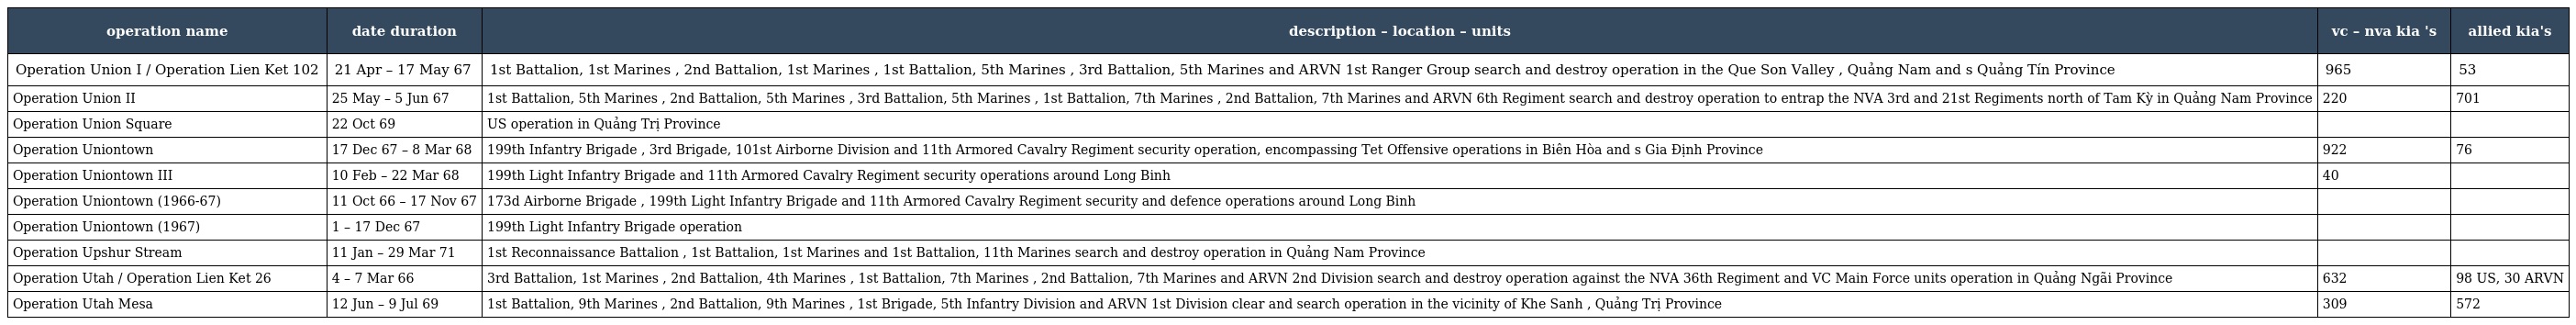
| operation name | date duration | description – location – units | vc – nva kia 's | allied kia's |
 | --- | --- | --- | --- | --- |
 | Operation Union I / Operation Lien Ket 102 | 21 Apr – 17 May 67 | 1st Battalion, 1st Marines , 2nd Battalion, 1st Marines , 1st Battalion, 5th Marines , 3rd Battalion, 5th Marines and ARVN 1st Ranger Group search and destroy operation in the Que Son Valley , Quảng Nam and s Quảng Tín Province | 965 | 53 |
 | Operation Union II | 25 May – 5 Jun 67 | 1st Battalion, 5th Marines , 2nd Battalion, 5th Marines , 3rd Battalion, 5th Marines , 1st Battalion, 7th Marines , 2nd Battalion, 7th Marines and ARVN 6th Regiment search and destroy operation to entrap the NVA 3rd and 21st Regiments north of Tam Kỳ in Quảng Nam Province | 220 | 701 |
 | Operation Union Square | 22 Oct 69 | US operation in Quảng Trị Province |  |  |
 | Operation Uniontown | 17 Dec 67 – 8 Mar 68 | 199th Infantry Brigade , 3rd Brigade, 101st Airborne Division and 11th Armored Cavalry Regiment security operation, encompassing Tet Offensive operations in Biên Hòa and s Gia Định Province | 922 | 76 |
 | Operation Uniontown III | 10 Feb – 22 Mar 68 | 199th Light Infantry Brigade and 11th Armored Cavalry Regiment security operations around Long Binh | 40 |  |
 | Operation Uniontown (1966-67) | 11 Oct 66 – 17 Nov 67 | 173d Airborne Brigade , 199th Light Infantry Brigade and 11th Armored Cavalry Regiment security and defence operations around Long Binh |  |  |
 | Operation Uniontown (1967) | 1 – 17 Dec 67 | 199th Light Infantry Brigade operation |  |  |
 | Operation Upshur Stream | 11 Jan – 29 Mar 71 | 1st Reconnaissance Battalion , 1st Battalion, 1st Marines and 1st Battalion, 11th Marines search and destroy operation in Quảng Nam Province |  |  |
 | Operation Utah / Operation Lien Ket 26 | 4 – 7 Mar 66 | 3rd Battalion, 1st Marines , 2nd Battalion, 4th Marines , 1st Battalion, 7th Marines , 2nd Battalion, 7th Marines and ARVN 2nd Division search and destroy operation against the NVA 36th Regiment and VC Main Force units operation in Quảng Ngãi Province | 632 | 98 US, 30 ARVN |
 | Operation Utah Mesa | 12 Jun – 9 Jul 69 | 1st Battalion, 9th Marines , 2nd Battalion, 9th Marines , 1st Brigade, 5th Infantry Division and ARVN 1st Division clear and search operation in the vicinity of Khe Sanh , Quảng Trị Province | 309 | 572 |